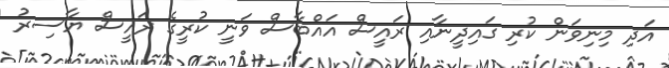
އަދި މިނިވަން ކުރި ގައިދީނާއި ރައީސް އައްބާސް ވަނީ ކުރީގެ ރައީސް ޔާސިރު